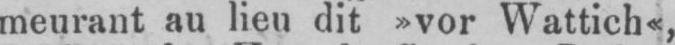
meurant au lieu dit »vor Wattich«,